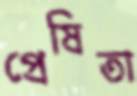
প্রেষিতা